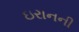
ઇરાનની